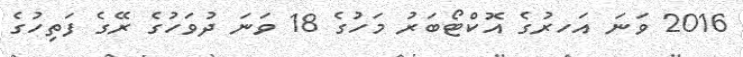
2016 ވަނަ އަހރުގެ އޮކްޓޯބަރު މަހުގެ 18 ވަނަ ދުވަހުގެ ރޭގެ ފަތިހުގެ